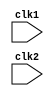
`timescale 1ns / 1ps

//RISC Implementation of MIPS32 Processor


//32 bit processor => Processes 32 bits at a time making the word length of the processor 32


//A general overview of the MIPS32 RISC instructions taken into consideration in this project :
  
  //Arithmetic and Logic Operations:
     // 1. ADD Rd,Rs1,Rs2 - Rd=Rs1+Rs2
     // 2. ADDI Rd,Rs,Imm - Rd=Rs+Imm
     // 3. SUB Rd,Rs1,Rs2 - Rd=Rs1-Rs2
     // 4. SUBI  Rd,Rs,Imm - Rd=Rs-Imm
     // 5. AND Rd,Rs1,Rs2 - Rd=Rs1&Rs2
     // 6. OR Rd,Rs1,Rs2 - Rd=Rs1|Rs2
     // 7. MUL Rd,Rs1,Rs2 - Rd=Rs1*Rs2
     // 8. SLT Rd,Rs1,Rs2 - Rd=1 if Rs1<Rs2 else Rd=0
     // 9. SLTI Rd,Rs,Imm - Rd=1 if Rs<Imm else Rd=0
     
  //Load and Store Operations:
     // 1. LW Rd,Offset(Rs) - Rd=M[Rs+Offset]
     // 2. SW Rs,Offset(Rd) - M[Rd+Offset] = Rs
     
  //Branching Operations:   
     // 1. BEQZ R1,Label - Branch to Label if R1=0
     // 2. BNEQZ R1,Label - Branch to Label R1 != 0
     
  //Halt Operations:
     // 1. HLT
     
     
module des (clk1,clk2);

input clk1,clk2;

reg [31:0] PC; //32-bit Program Counter

//Interstage latch registers between IF and ID stage.
reg [31:0] IF_ID_IR, //Instruction register 
           IF_ID_NPC; //Next PC (temporary register)

 //Interstage latch registers between ID and EX stage.  
reg [31:0] ID_EX_IR, //Instruction register
           ID_EX_NPC, //Next PC (temporary register)
           ID_EX_A, //First register to be used for operations
           ID_EX_B, //Second register to be used for operations
           ID_EX_Imm; //Immediate offset value to be used when required

  // Type of instructions
reg [2:0] ID_EX_type,EX_MEM_type,MEM_WB_type;

//Interstage latch registers between EX and MEM stage.
reg [31:0] EX_MEM_IR, //Instruction register
           EX_MEM_ALUOut, //To be used for storing operation results or effective address depending on the instruction.
           EX_MEM_B,
           EX_MEM_cond;  //Required for JUMP or branch condition checking.

//Interstage latch registers between MEM and WB stage.
reg [31:0] MEM_WB_IR, //Instruction register
           MEM_WB_ALUOut, //Operation results or Effective address
           MEM_WB_LMD; //Load Memory Data
           

//Register Bank
//32 32-bit general purpose registers
//R0 is always assumed to store a constant 0
reg [31:0] Reg[0:31]; 

//Memory
reg [31:0] Mem[0:1023];

//Only instructions that can access memory are load and store instructions
//Other instructions will have to first load the data into the CPU registers from the memory in order to access it.


parameter 

//OPCODES for instructions to be decoded in the ID stage
//Register Type Instructions
//Instructions involving two source registers.
ADD=6'b000000,SUB=6'b000001,AND=6'b000010,OR=6'b000011,SLT=6'b000100,MUL=6'b000101,HLT=6'b111111,

//I Type Instructions (Immediate Instructions)
//Instrcutions involving one source register and one immediate offset.
LW=6'b001000,SW=6'b001001,ADDI=6'b001010,SUBI=6'b001011,SLTI=6'b001100,BNEQZ=6'b001101,BEQZ=6'b001110;

//No flag registers are there in MIPS32 RISC

//Code for the type of instructions
parameter RR_ALU=3'b000,RM_ALU=3'b001,LOAD=3'b010,STORE=3'b011,BRANCH=3'b100,HALT=3'b101;

//Set after HLT instruction is completed.
reg HALTED; 

//Required to disable instructions after branch.
reg TAKEN_BRANCH;


//IF Stage


always @ (posedge clk1)

//HALTED needs to be zero for further execution because if HALTED is already 1 then there should not be any further fetching of instructions.
if(HALTED == 0)

begin

    //There would be a feedback from the EX stage that would tell the IF stage whether or not the previous instruction is a branch instruction along with the information about its condition whether it is satisfied or not.
    if(((EX_MEM_IR[31:26]==BEQZ) && (EX_MEM_cond == 1)) || ((EX_MEM_IR[31:26] == BNEQZ) && (EX_MEM_cond == 0)))
    
    begin
    
        //The destination of branch instruction is known only after EX stage and is stored in the EX_MEM_ALUOut which we have defined for storing the effective address.
        IF_ID_IR <= #2 Mem[EX_MEM_ALUOut]; 
        
        //Since we are taking the branch we need to set the taken branch register to 1
        TAKEN_BRANCH <= #2 1'b1;
        
        //Next address calculation using the current effective address.
        IF_ID_NPC <= #2 EX_MEM_ALUOut + 1; 
        
        //Assigning of the nest address to the program counter
        PC <= #2 EX_MEM_ALUOut + 1;
        
    end

    //Case when branch is not taken.
    else

    begin
        
        //Fetching of instructions from the PC
        IF_ID_IR <= #2 Mem[PC];
        
        //Updating the values of PC and NPC
        IF_ID_NPC <= #2 PC+1;
        PC <= #2 PC+1;         
    end

end


//ID Stage


always @ (posedge clk2)

//Halted again needs to be 0 for normal execution in the ID stage. 
if (HALTED == 0)

begin

    //Loading of first operand
    
    if(IF_ID_IR[25:21]==5'b00000) //The mentioned bits of the instruction register are supposed to store the first operand which is 0 in this case
    
    ID_EX_A <= 0; //Assigning the 0 value to the first operand.
    
    else 
    
    ID_EX_A <= #2 Reg[IF_ID_IR[25:21]]; //Assignment in the case of non-zero value.
    
    //Loading of second operand
    //Same process as the first operand.
    if(IF_ID_IR[20:16]==5'b00000)
    
    ID_EX_B<=0;
    
    else
    
    ID_EX_B <= #2 Reg[IF_ID_IR[20:16]]; 

    //Fowarding of values of NPC and IR
    ID_EX_NPC <= #2 IF_ID_NPC; 
    ID_EX_IR <= #2 IF_ID_IR;
    
    // First 16 bits are the sign extension of the immediate value while the last 16 bits actually represent the offset value
    //Sign extension is needed because instructions are of 32 bits.
    ID_EX_Imm <= #2 {{16{IF_ID_IR[15]}},{IF_ID_IR[15:0]}}; 

    //Type of instructions being decoded
    case (IF_ID_IR[31:26])
    
    //Depending on the op-code the instructions are categorised in different types
   
    ADD,SUB,AND,OR,SLT,MUL: ID_EX_type <= #2 RR_ALU;
    
    ADDI,SUBI,SLTI: ID_EX_type <= #2 RM_ALU;
    
    LW: ID_EX_type <= #2 LOAD;
    
    SW: ID_EX_type <= #2 STORE;
    
    BNEQZ,BEQZ: ID_EX_type <= #2 BRANCH;
    
    HLT: ID_EX_type <= #2 HALT;
    
    //In case the provided opcode is not valid
    
    default: ID_EX_type <= #2 HALT;
    
endcase

end


//EX stage


always @ (posedge clk1)

//Halted needs to be 0.
if(HALTED == 0)

begin
    
    //Forwarding of values defined in the last stage.
    EX_MEM_type <= #2 ID_EX_type;
    EX_MEM_IR <= #2 ID_EX_IR;
    
    //Resetting the taken branch flag to zero again
    TAKEN_BRANCH <= #2 0;

    case (ID_EX_type)

    //Register-Register ALU i.e. No memory involved.
    RR_ALU: begin 
    
        case (ID_EX_IR[31:26])
        
        //Execution phase depending on the opcode of the instruction
        ADD: EX_MEM_ALUOut <= #2 ID_EX_A + ID_EX_B;
        SUB: EX_MEM_ALUOut <= #2 ID_EX_A - ID_EX_B;
        AND: EX_MEM_ALUOut <= #2 ID_EX_A & ID_EX_B;
        OR: EX_MEM_ALUOut <= #2 ID_EX_A | ID_EX_B;
        SLT: EX_MEM_ALUOut <= #2 ID_EX_A < ID_EX_B;
        MUL: EX_MEM_ALUOut <= #2 ID_EX_A * ID_EX_B;
        default: EX_MEM_ALUOut <= #2 32'hxxxxxxxx;
        
    endcase
    
    end

    //Register Memory ALU
    RM_ALU: begin   
    
        //Operations involving the immediate data i.e. I type instructions.
        case(ID_EX_IR[31:26]) 
        
        ADDI: EX_MEM_ALUOut <= #2 ID_EX_A + ID_EX_Imm;
        SUBI: EX_MEM_ALUOut <= #2 ID_EX_A - ID_EX_Imm;
        SLTI: EX_MEM_ALUOut <= #2 ID_EX_A < ID_EX_Imm;
        default: EX_MEM_ALUOut <= #2 32'hxxxxxxxx;
        
    endcase
    
    end

    LOAD,STORE:
    begin
    
    //Calculation of the effective memory address to be accessed for LOAD/STORE instruction
        EX_MEM_ALUOut <= #2 ID_EX_A + ID_EX_Imm;
        
    //Forwarding of the value of B
        EX_MEM_B <= #2 ID_EX_B;
        
    end

    BRANCH:begin
    
        //Target address calculation
        EX_MEM_ALUOut <= #2 ID_EX_NPC + ID_EX_Imm; 
        EX_MEM_cond <= #2 (ID_EX_A == 0);
        
    end
    
endcase
end


//MEM stage (Memory access / Branch comepletion stage)


always @ (posedge clk2)

//Halted needs to be 0.
if(HALTED == 0)

begin

    //Forwarding of some values defined in the last stage.
    MEM_WB_type <= #2 EX_MEM_type;
    MEM_WB_IR <= #2 EX_MEM_IR;

    case (EX_MEM_type)

    RR_ALU,RM_ALU:
    
    //In case of arithmetic and logic instructions ALUOut is simply forwarded
         MEM_WB_ALUOut <= #2 EX_MEM_ALUOut;
         
    LOAD:
    
    //In this case the ALUOut is used for the effective address calculation.
         MEM_WB_LMD <= #2 Mem[EX_MEM_ALUOut];
         
    STORE:
    
         //Disable write in case TAKEN_BRANCH is 1
         if(TAKEN_BRANCH == 0)  
                 Mem[EX_MEM_ALUOut]<= #2 EX_MEM_B;
                 
endcase

end


//WB stage


always @ (posedge clk1)

begin

    // Disable write if branch is taken
    if(TAKEN_BRANCH == 0)
    
    case(MEM_WB_type)
    
    //Writing of different values depending on the type of instruction.
    RR_ALU: Reg[MEM_WB_IR[15:11]] <= #4 MEM_WB_ALUOut;
    RM_ALU: Reg[MEM_WB_IR[20:16]] <= #4 MEM_WB_ALUOut;
    LOAD: Reg[MEM_WB_IR[20:16]] <= #4 MEM_WB_LMD;
    HALT: HALTED <= #2 1'b1;
    
    endcase
    
end


endmodule